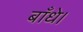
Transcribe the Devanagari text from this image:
बाँधे।